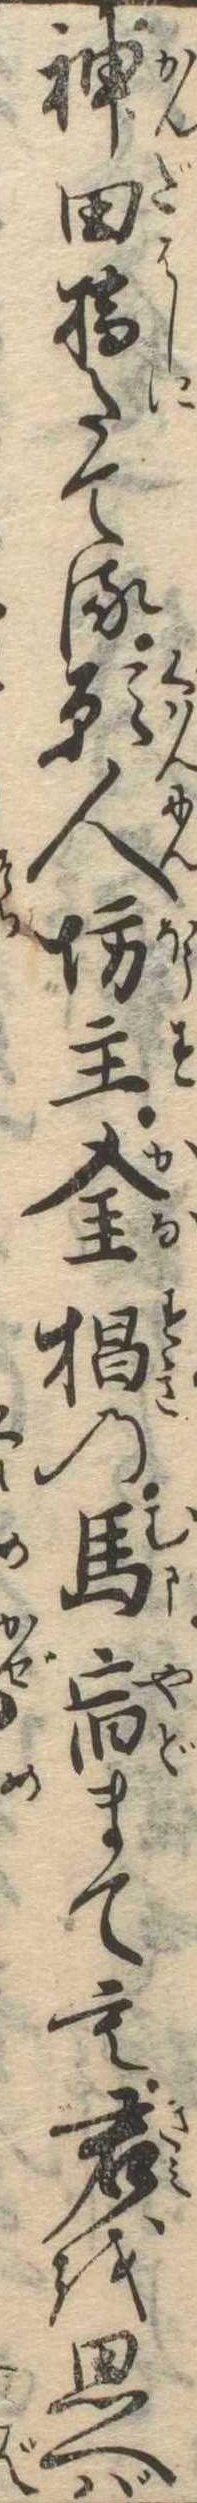
神田橋たてる願人坊主金杉の馬宿まても君を思へば